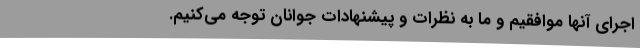
اجرای آنها موافقیم و ما به نظرات و پیشنهادات جوانان توجه می‌کنیم.